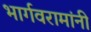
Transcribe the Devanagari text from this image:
भार्गवरामांनी